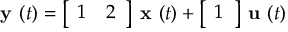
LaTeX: { \textbf { y } } ( t ) = { \left[ \begin{array} { l l } { 1 } & { 2 } \end{array} \right] } { \textbf { x } } ( t ) + { \left[ \begin{array} { l } { 1 } \end{array} \right] } { \textbf { u } } ( t )